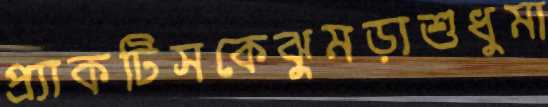
প্র্যাকটিসকেঝুমড়াশুধুমা